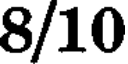
8/10